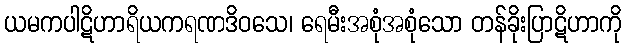
ယမကပါဋိဟာရိယကရဏဒိဝသေ၊ ရေမီးအစုံအစုံသော တန်ခိုးပြာဋိဟာကို